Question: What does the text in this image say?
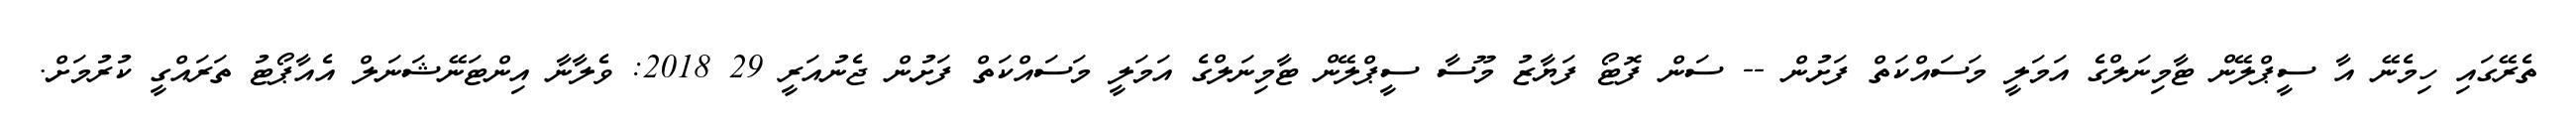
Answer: ތެރޭގައި ހިމެނޭ އާ ސީޕްލޭން ޓާމިނަލްގެ އަމަލީ މަސައްކަތް ފަށުން -- ސަން ފޮޓޯ ފަޔާޒު މޫސާ ސީޕްލޭން ޓާމިނަލްގެ އަމަލީ މަސައްކަތް ފަށުން ޖެނުއަރީ 29 2018: ވެލާނާ އިންޓަނޭޝަނަލް އެއާޕޯޓު ތަރައްގީ ކުރުމަށް.